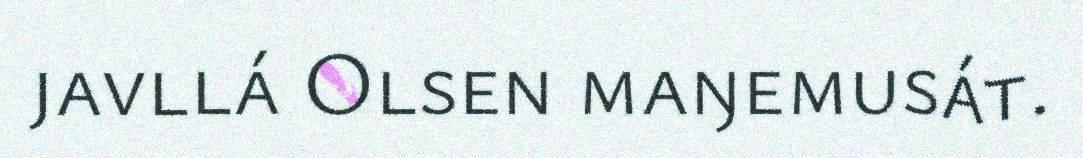
javllá Olsen maŋemusát.